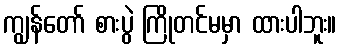
ကျွန်တော် စားပွဲ ကြိုတင်မမှာ ထားပါဘူး။